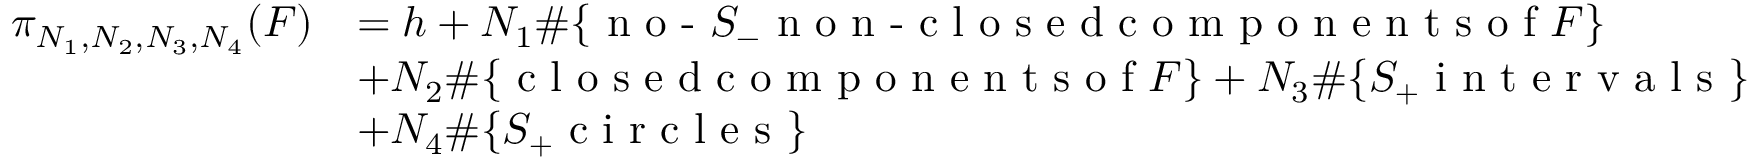
\begin{array} { r l } { \pi _ { N _ { 1 } , N _ { 2 } , N _ { 3 } , N _ { 4 } } ( F ) } & { = h + N _ { 1 } \# \{ \textrm { n o - } S _ { - } \textrm { n o n - c l o s e d c o m p o n e n t s o f } F \} } \\ & { + N _ { 2 } \# \{ \textrm { c l o s e d c o m p o n e n t s o f } F \} + N _ { 3 } \# \{ S _ { + } \textrm { i n t e r v a l s } \} } \\ & { + N _ { 4 } \# \{ S _ { + } \textrm { c i r c l e s } \} } \end{array}